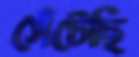
সেঁটেছি